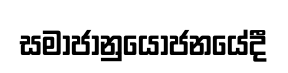
සමාජානුයෝජනයේදී